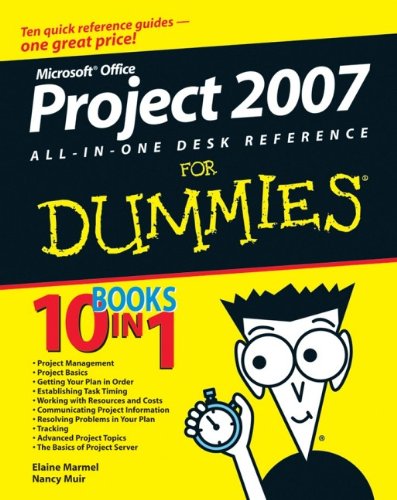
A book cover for Microsoft Office Project 2007 All-in-One Desk Reference For Dummies; Elaine Marmel; Computers & Technology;